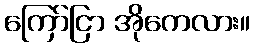
ကြော်ငြာ အိုကေလား။